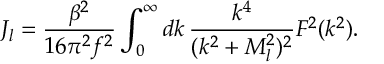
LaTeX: J _ { l } = \frac { \beta ^ { 2 } } { 1 6 \pi ^ { 2 } f ^ { 2 } } \int _ { 0 } ^ { \infty } d k \, \frac { k ^ { 4 } } { ( k ^ { 2 } + M _ { l } ^ { 2 } ) ^ { 2 } } F ^ { 2 } ( k ^ { 2 } ) .